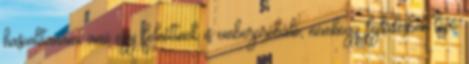
hasonlítanám, ami egy felnőttnek is emberpróbáló, nemhogy fejlődésben lévő